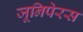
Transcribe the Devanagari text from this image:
जूनिपेरस